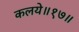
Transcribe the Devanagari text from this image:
कलये॥१७॥